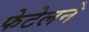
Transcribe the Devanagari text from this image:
फेटेलने